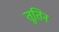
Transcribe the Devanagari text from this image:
तूतिन